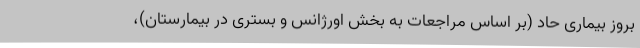
بروز بیماری حاد (بر اساس مراجعات به بخش اورژانس و بستری در بیمارستان)،